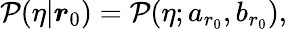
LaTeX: \begin{array}{r}{\mathcal{P}(\eta|\boldsymbol{r}_{0})=\mathcal{P}(\eta;a_{r_{0}},b_{r_{0}}),}\end{array}